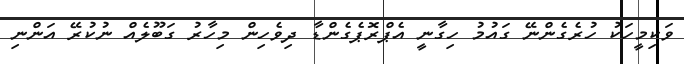
ވަކިމީހަކު ހުރެގެންނޭ ގައުމު ހިގާނީ އެޕްރޮޕެގެންޑާ ދިވެހިން މިހާރު ގަބޫލެއް ނުކުރޭ އަންނި